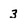
Character: 3